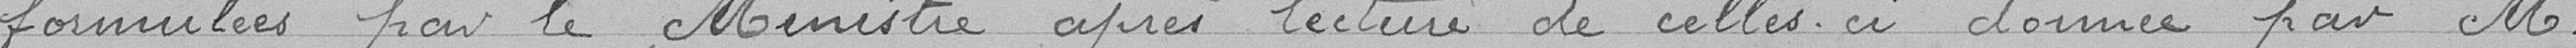
formulées par le Ministre après lecture de celles-ci donnée par Monsieur